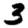
Digit: 3